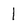
Character: 1